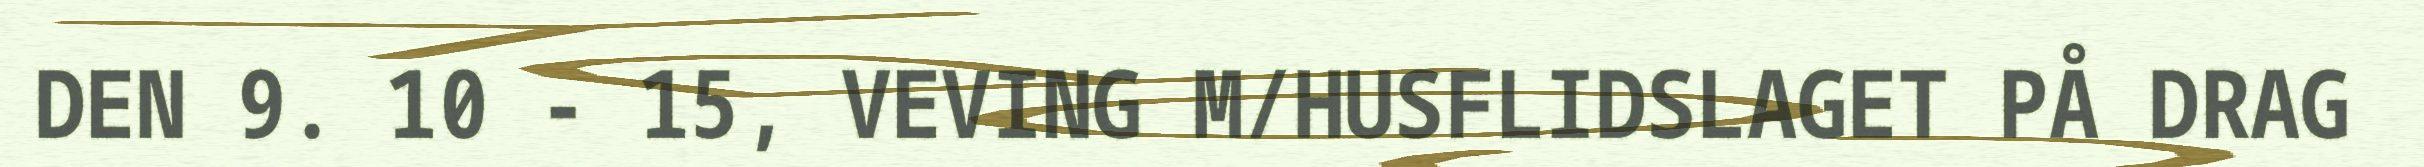
DEN 9. 10 - 15, VEVING M/HUSFLIDSLAGET PÅ DRAG